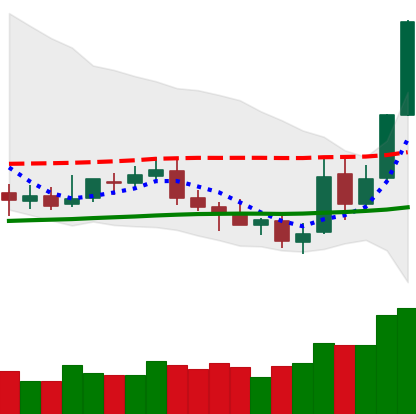
Ticker: NEO-USD
Chart end date: 2019-05-15
Forward return: -5.644%
Label: down_5_7